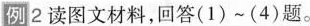
例2读图文材料，回答(1)~(4)题。